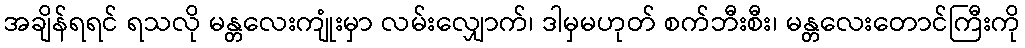
အချိန်ရရင် ရသလို မန္တလေးကျုံးမှာ လမ်းလျှောက်၊ ဒါမှမဟုတ် စက်ဘီးစီး၊ မန္တလေးတောင်ကြီးကို